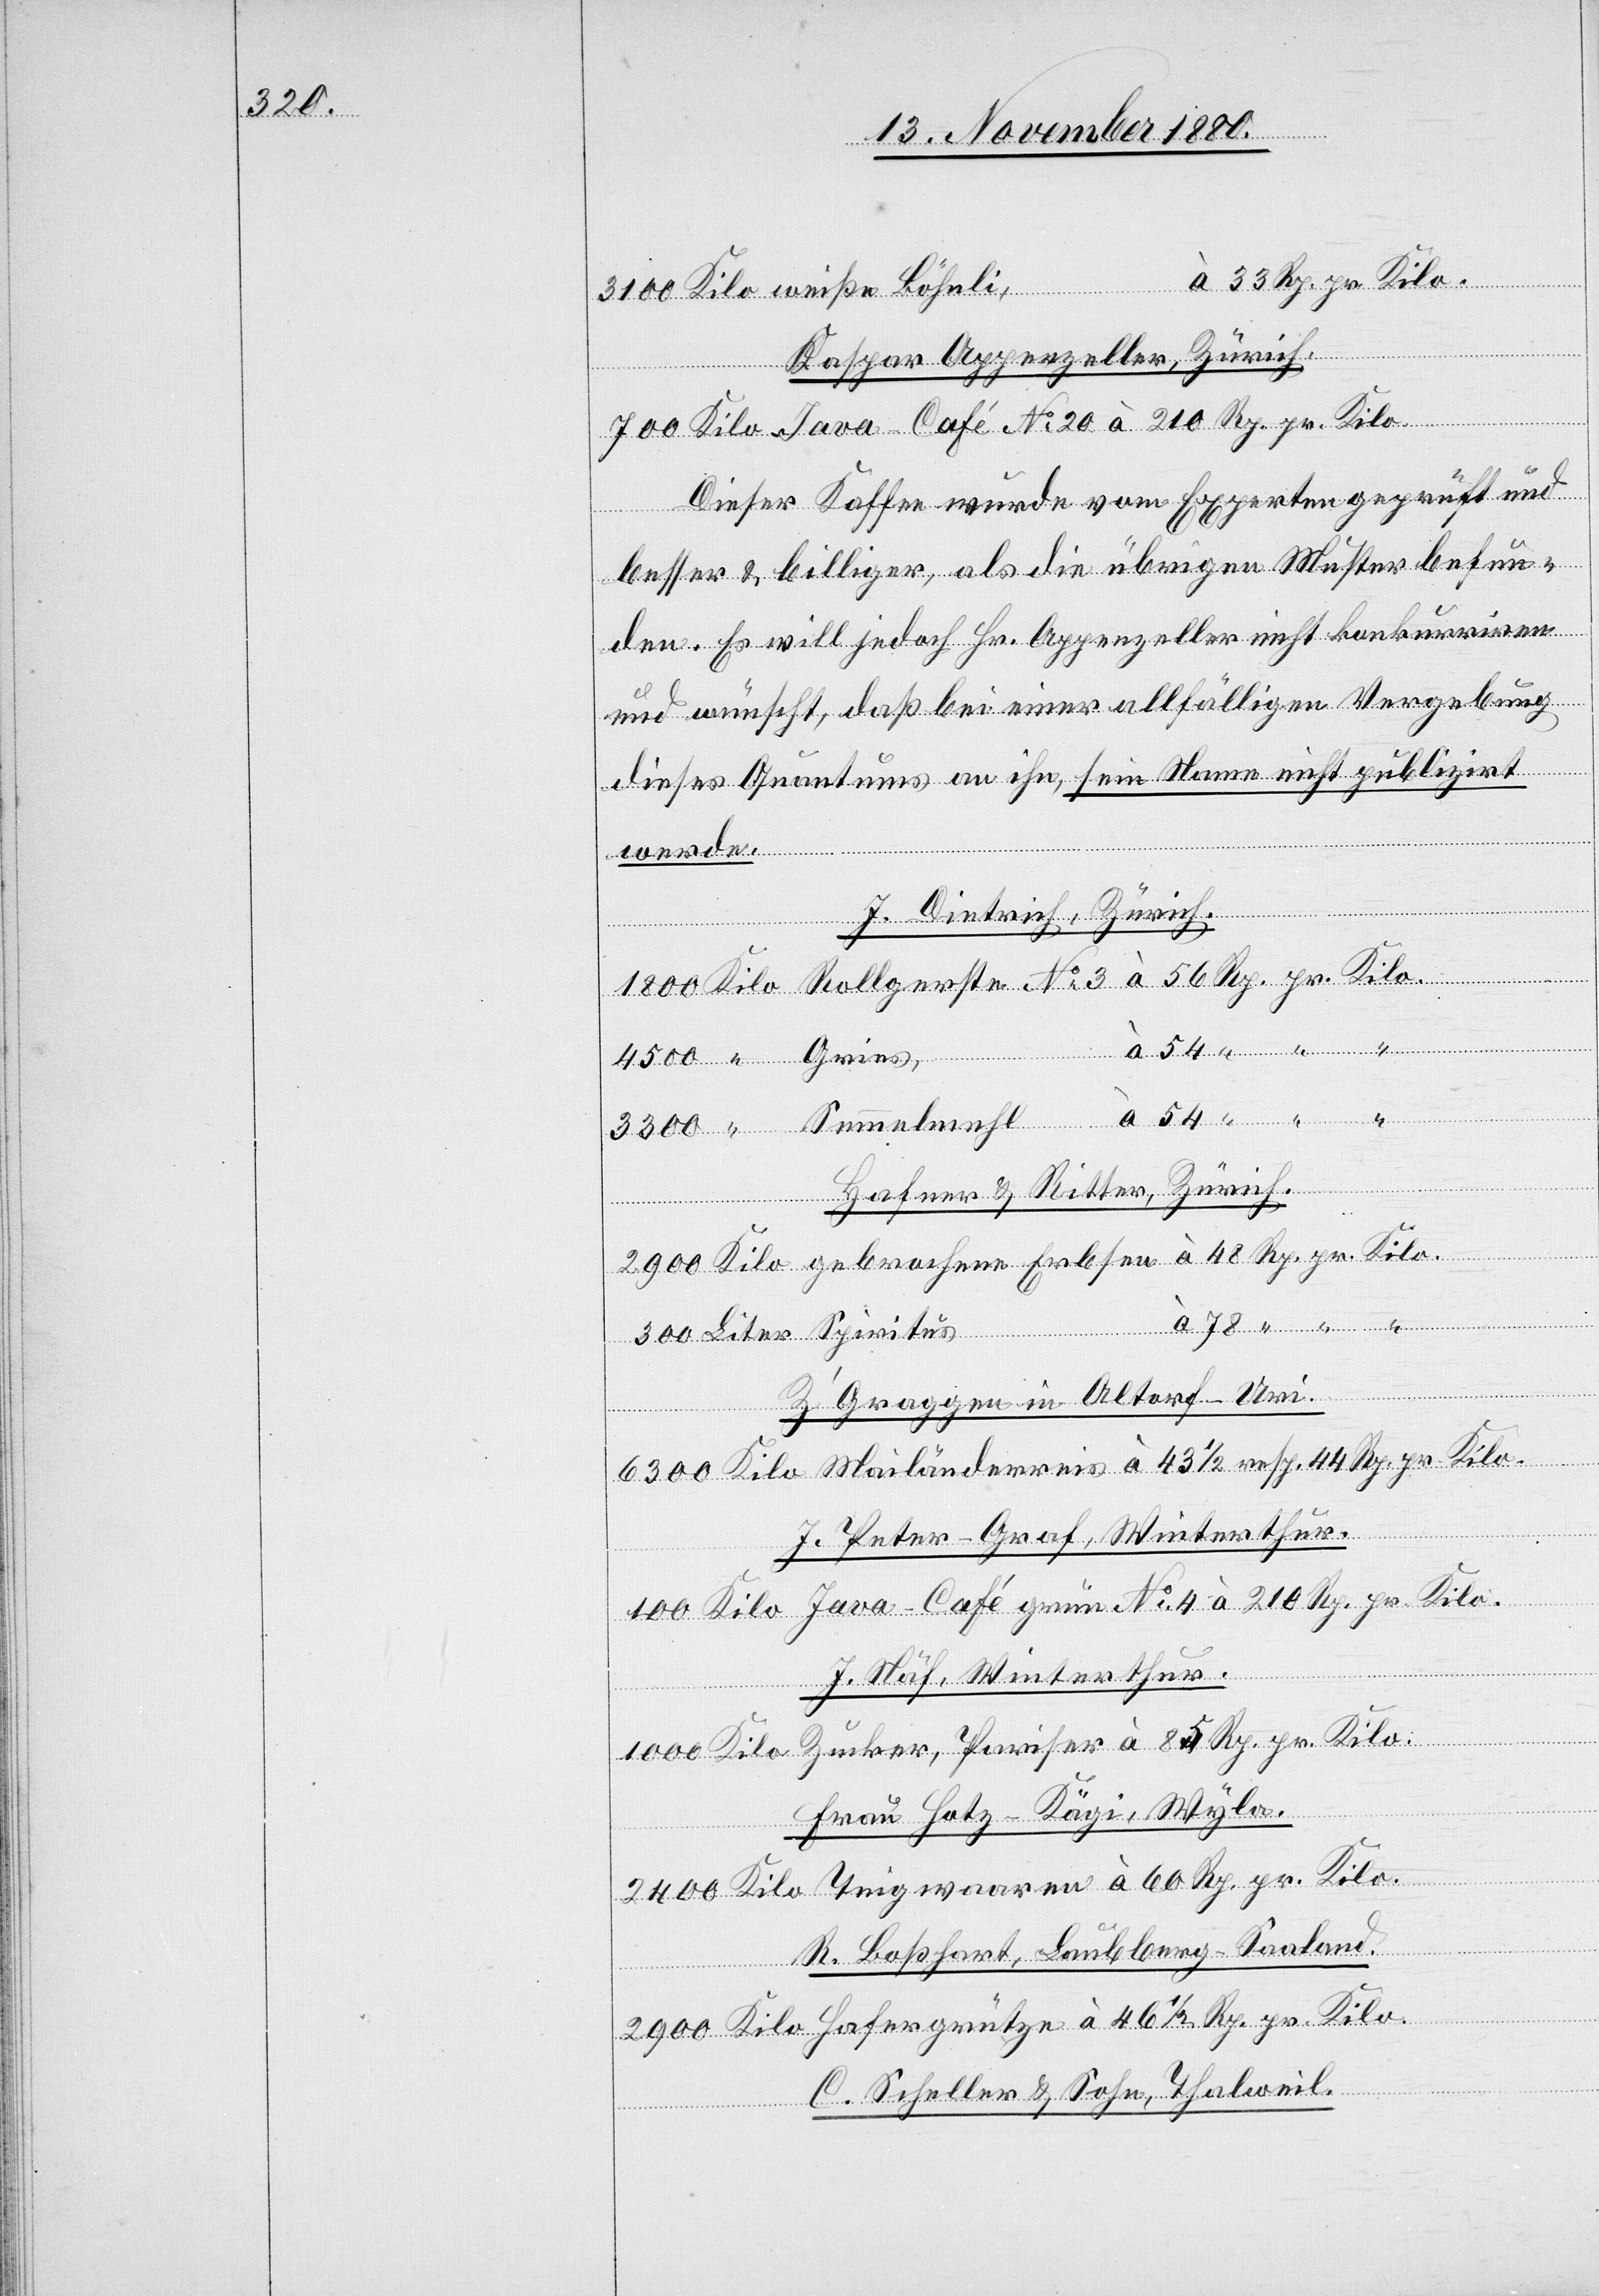
3100

Kaspar Appenzeller, Zürich.
Dieser Kaffee wurde vom Experten geprüft und
Pariser
besser & billiger, als die übrigen Muster befun¬
den. Es will jedoch Hr. Appenzeller nicht konkurriren
und wünscht, daß bei einer allfälligen Vergebung
dieses Quantums an ihn, sein Name nicht publizirt
Hafergrütze
werde.
J. Dietrich, Zürich.
Hafner & Ritter, Zürich.
Kilo
Z’Graggen in Altorf - Uri
J. Peter-Graf, Winterthur.
J. Näf, Winterthur.
Kilo
Frau Hotz-Kägi, Wyla.
Kilo
Rp.
R. Boßhart, Laubberg - Saaland.
C. Scheller & Sohn, Thalweil.